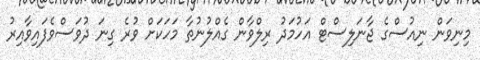
މިނިވަން ނިއުސްގެ ޖާނަލިސްޓް އަހުމަދު ރިިލްވާން ގެއްލުނުތާ މަހަކަށް ވުރެ ގިނަ ދުވަސްވެފައިވާއިރު